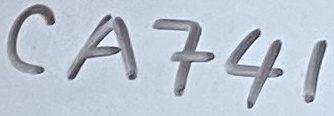
Text: CA741